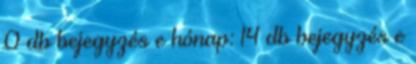
0 db bejegyzés e hónap: 14 db bejegyzés e